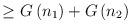
LaTeX: \begin{align*}\ge G\left( n_1\right) +G\left( n_2\right)\end{align*}